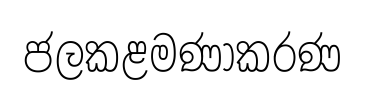
ජලකළමණාකරණ